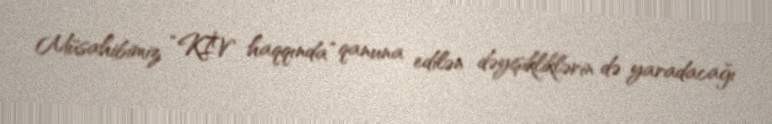
Müsahibimiz “KİV haqqında” qanuna edilən dəyişikliklərin də yaradacağı